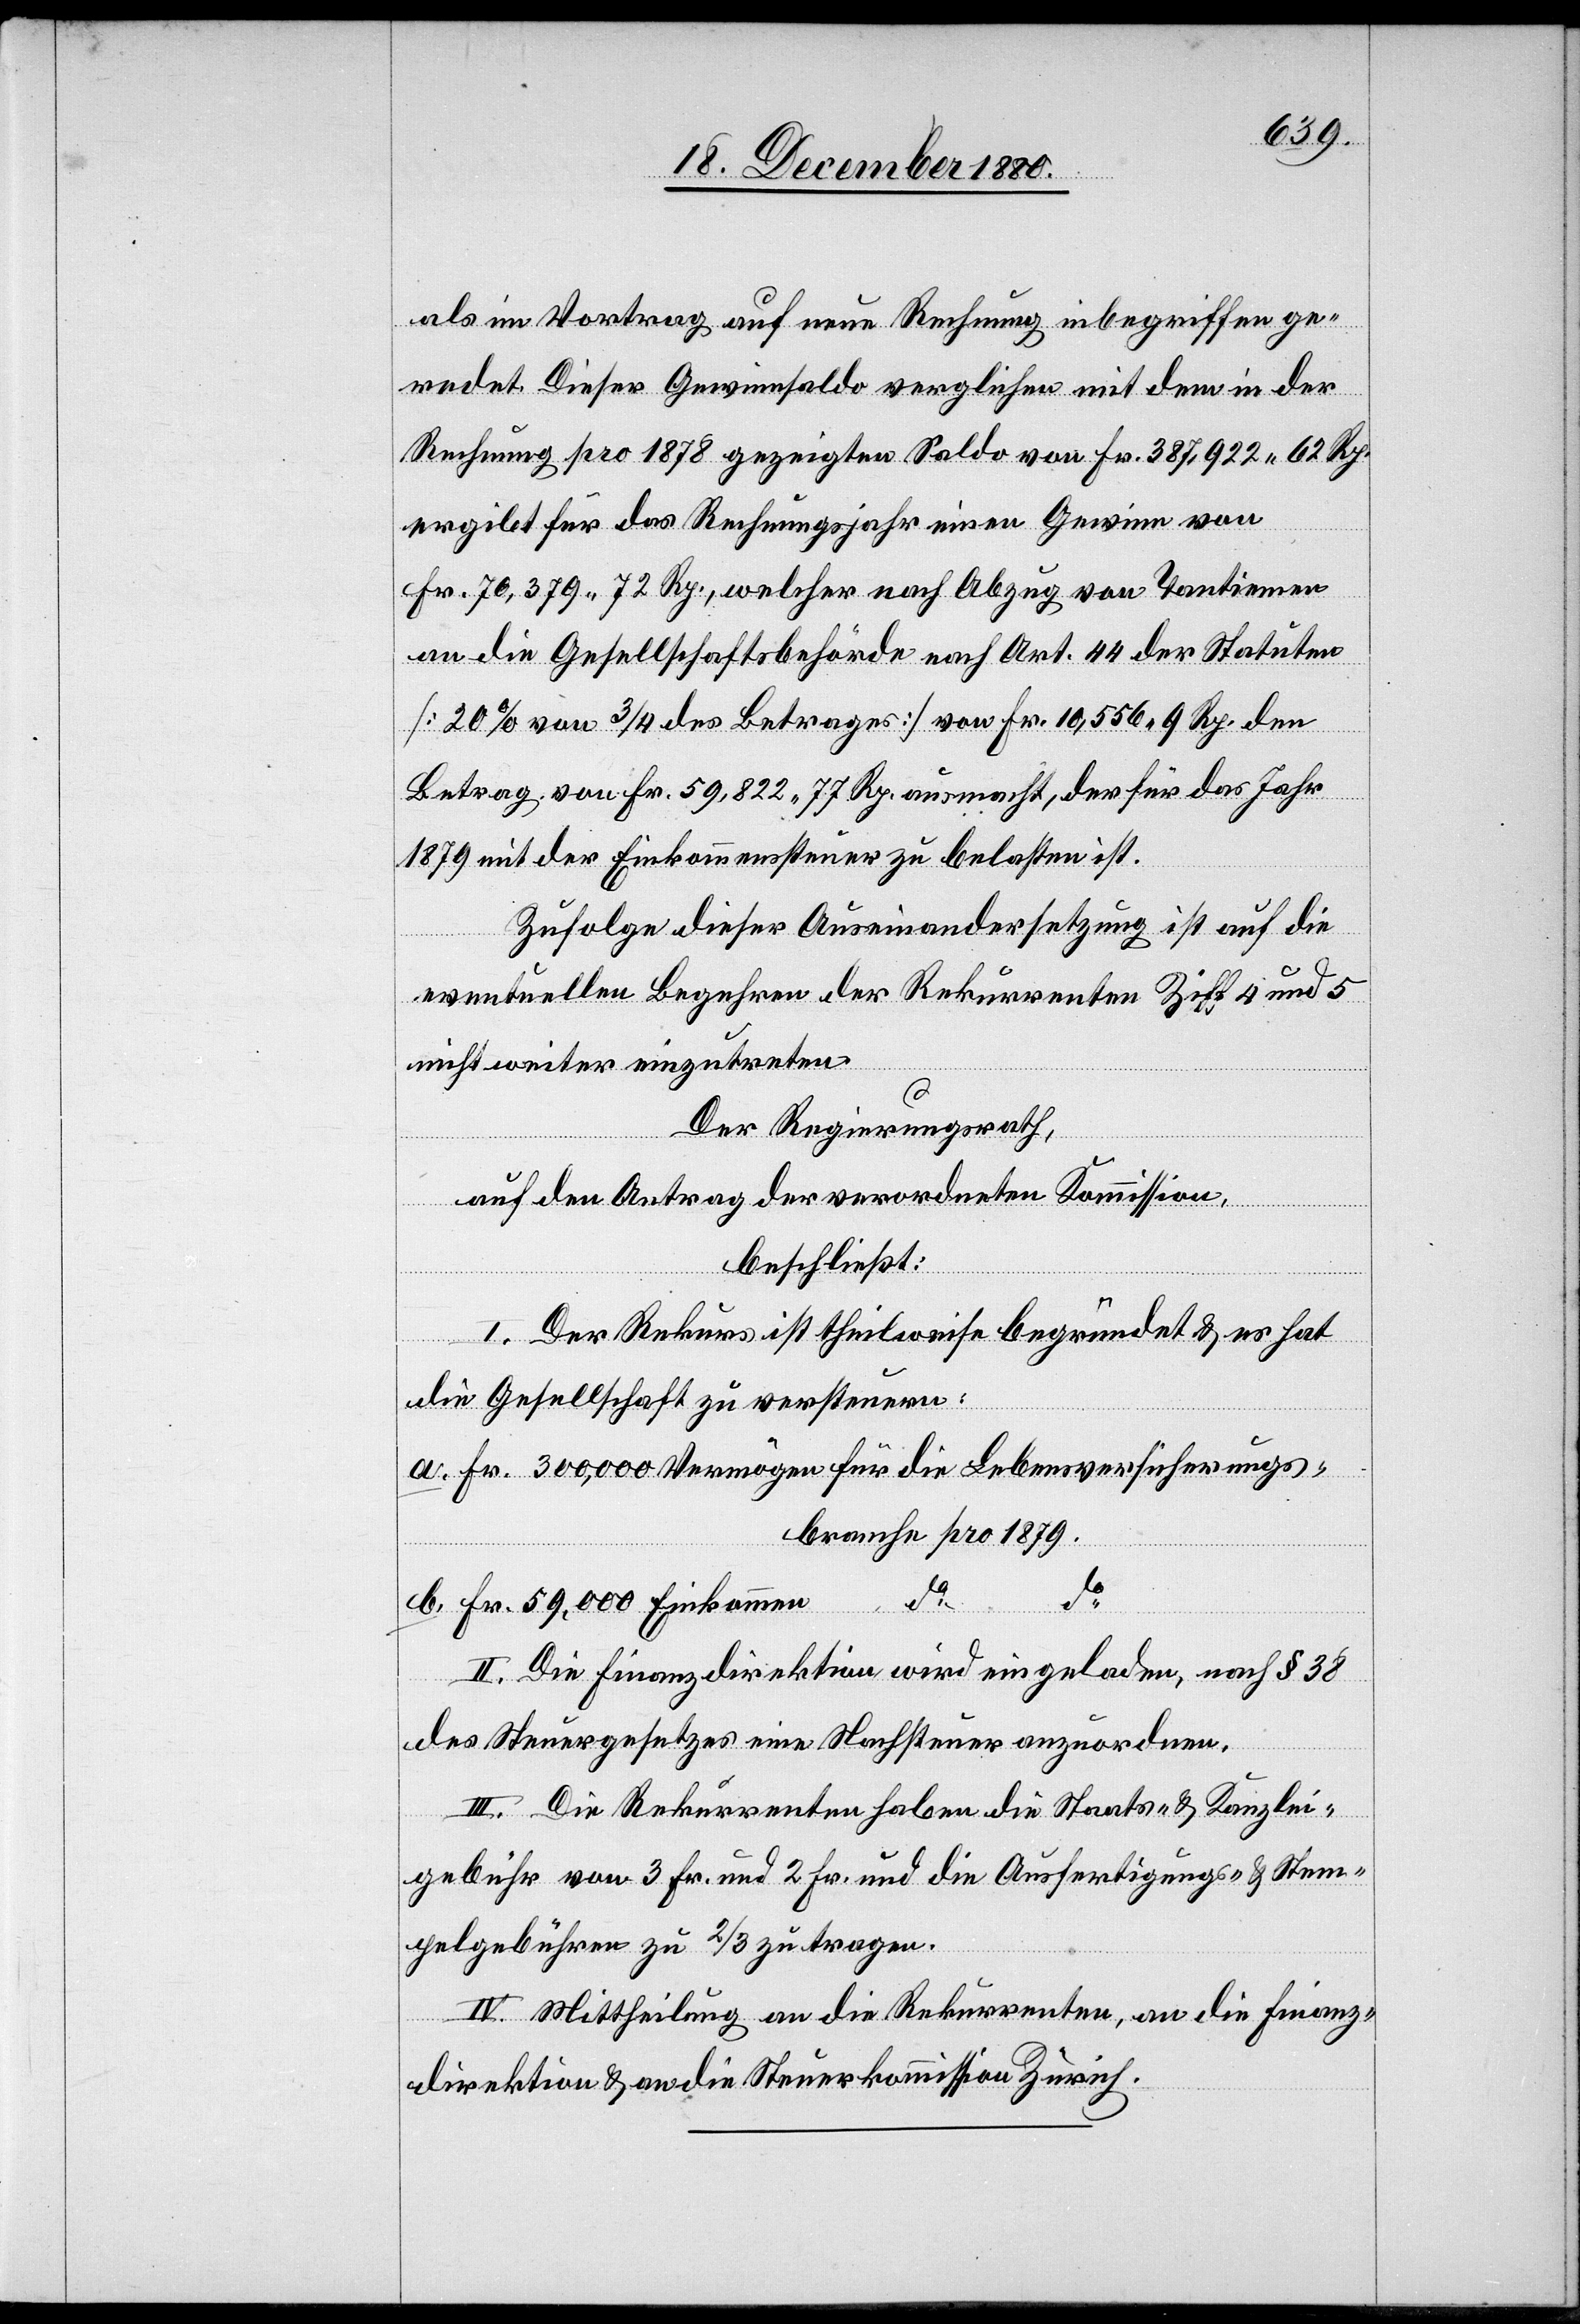
als im Vortrag auf neue Rechnung inbegriffen ge¬
redet. Dieser Gewinnsaldo verglichen mit dem in der
Rechnung pro 1878 gezeigten Saldo von Fr. 387,922 62 Rp.
ergibt für das Rechnungsjahr einen Gewinn von
Fr. 70,379 72 Rp., welcher nach Abzug von Tantiemen
an die Gesellschaftsbehörde nach Art. 44 der Statuten
[20% von 3/4 des Betrages] von Fr. 10,556 9[0] Rp. den
Betrag von Fr. 59,822 77 Rp. ausmacht, der für das Jahr
1879 mit der Einkommenssteuer zu belasten ist.
Zufolge dieser Auseinandersetzung ist auf die
eventuellen begehren der Rekurrenten Ziff. 4 und 5
nicht weiter einzutreten.
Der Regierungsrath,
auf den Antrag der verordneten Kommission,
do
beschließt:
I. Der Rekurs ist theilweise begründet & es hat
a.
die Gesellschaft zu versteuern:
Fr. 300,000 Vermögen für die Lebensversicherungs¬
branche pro 1879
b.
Fr. 59,000 Einkommen
II. Die Finanzdirektion wird eingeladen, nach § 38
des Steuergesetzes eine Nachsteuer anzuordnen.
III. Die Rekurrenten haben die Staats- & Kanzlei¬
gebühr von 3 Fr. und 2 Fr. und die Ausfertigungs- & Stem¬
pelgebühren zu 2/3 zu tragen.
IV. Mittheilung an die Rekurrenten, an die Finanz¬
direktion & an die Steuerkommission Zürich.